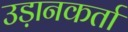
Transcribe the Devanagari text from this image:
उड़ानकर्ता